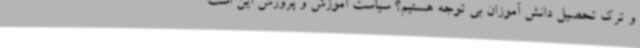
و ترک تحصیل دانش آموزان بی توجه هستیم؟ سیاست آموزش و پرورش این است